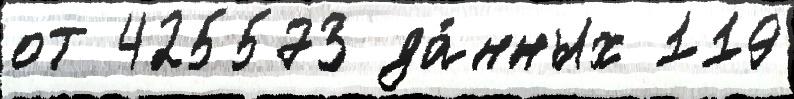
от 425573 да́нных 119